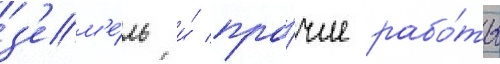
з'ем'е́ль и́ про́чие рабо́ты